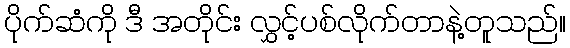
ပိုက်ဆံကို ဒီ အတိုင်း လွှင့်ပစ်လိုက်တာနဲ့တူသည်။